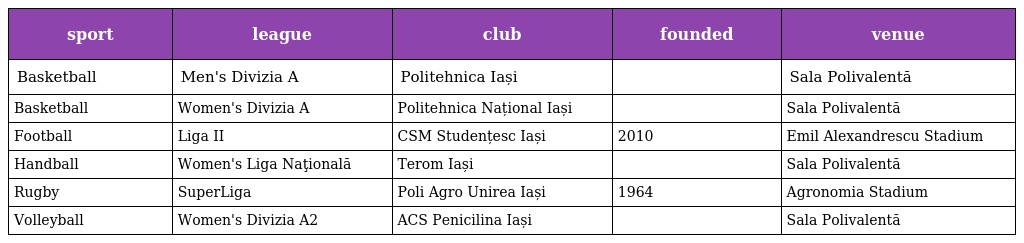
| sport | league | club | founded | venue |
 | --- | --- | --- | --- | --- |
 | Basketball | Men's Divizia A | Politehnica Iași |  | Sala Polivalentă |
 | Basketball | Women's Divizia A | Politehnica Național Iași |  | Sala Polivalentă |
 | Football | Liga II | CSM Studențesc Iași | 2010 | Emil Alexandrescu Stadium |
 | Handball | Women's Liga Naţională | Terom Iași |  | Sala Polivalentă |
 | Rugby | SuperLiga | Poli Agro Unirea Iași | 1964 | Agronomia Stadium |
 | Volleyball | Women's Divizia A2 | ACS Penicilina Iași |  | Sala Polivalentă |